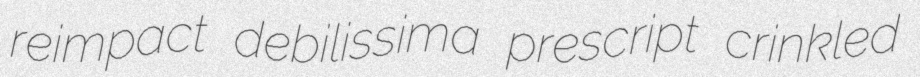
reimpact debilissima prescript crinkled